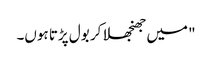
" میں جھنجھلا کر بول پڑتا ہوں۔